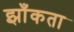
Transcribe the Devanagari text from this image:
झाँकता